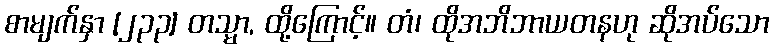
စာမျက်နှာ [၂၃၃] တသ္မာ, ထို့ကြောင့်။ တံ၊ ထိုအဘိဘာယတနဟု ဆိုအပ်သော